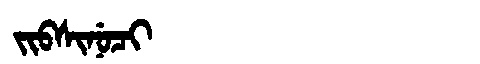
Manchu: ᠵᡳᠪᠰᡳᠨᡠᠴᡳ
Romanization: JIBSINUCI